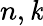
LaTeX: n,\mathit{k}